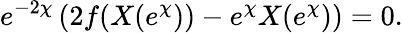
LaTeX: e^{-2\chi}\left(2f(X(e^{\chi}))-e^{\chi}X(e^{\chi})\right)=0.